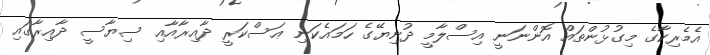
އެމެރިކާގެ މިގުޅުންތައް އޮންނަނީ އިސްލާމީ ދުނިޔޭގެ ހަމައެކަނި ޢަސްކަރީ ދާއިރާއާއި ސިޔާސީ ދާއިރާގައި